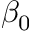
\beta _ { 0 }